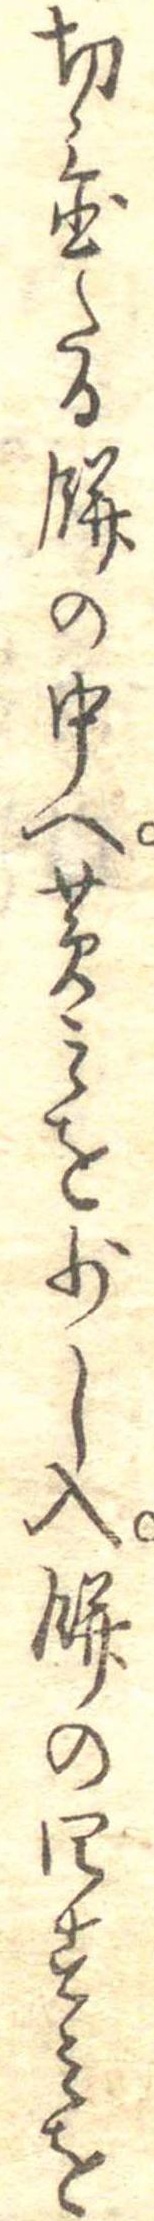
切置たる餅の中へ黄みを少し入餅の四すみを